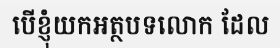
បើខ្ញុំយកអត្ថបទលោក ដែល